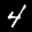
Label: 4